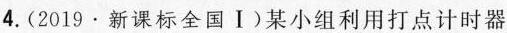
4.(2019·新课标全国Ⅰ)某小组利用打点计时器